Report on the treatment of epidemic cholera: from information collected by the governments of Bengal, Madras, Bombay, N.W. Provinces, Punjab, Oudh, and Central India, by order of the Government of India
Disease focus: Cholera
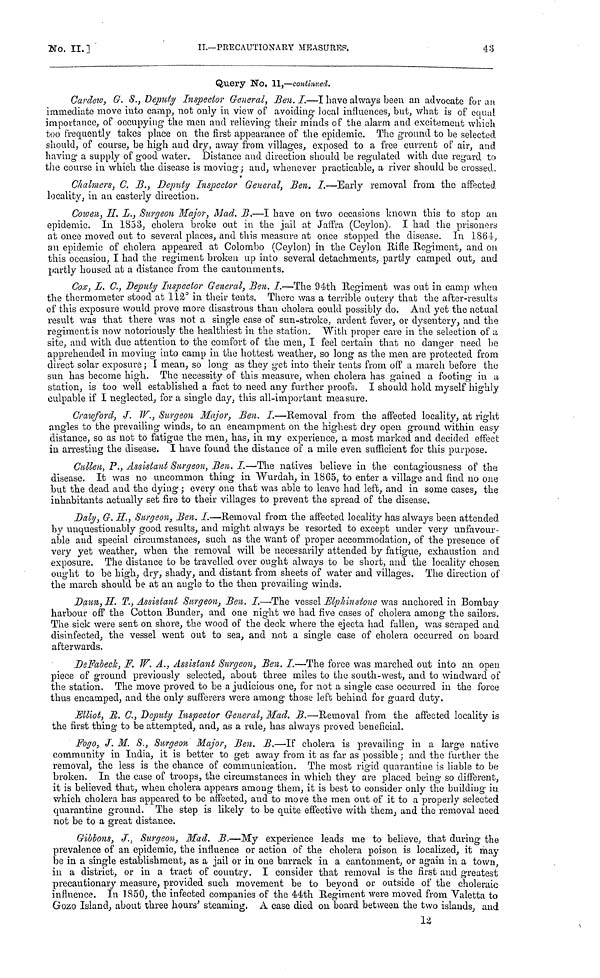
No. II. ]
II.—PRECAUTIONARY MEASURES.
43
Query No. 11,—continued.
Cardew, G. S., Deputy Inspector General., Ben. I.—I have always been an advocate for an
immediate move into camp, not only in view of avoiding local influences, but, what is of equal
importance, of occupying the men and relieving their minds of the alarm and excitement which
too frequently takes place on the first appearance of the epidemic. The ground to be selected
should, of course, be high and dry, away from villages, exposed to a free current of air, and
having a supply of good water. Distance and direction should be regulated with due regard to
the course in which the disease is moving ; and, whenever practicable, a river should be crossed.
Chalmers, C. B., Deputy Inspector General, Ben. I.—Early removal from the affected
locality, in an easterly direction.
Cowen, H. L., Surgeon Major, Mad. B.—I have on two occasions known this to stop an
epidemic. In 1853, cholera broke out in the jail at Jaffra (Ceylon). I had the prisoners
at once moved out to several places, and this measure at once stopped the disease. In 1864,
an epidemic of cholera appeared at Colombo (Ceylon) in the Ceylon Rifle Regiment, and on
this occasion, I had the regiment broken up into several detachments, partly camped out, and
partly housed at a distance from the cantonments.
Cox, L. C., Deputy Inspector General, Ben. I.—The 94th Regiment was out in camp when
the thermometer stood at 112° in their tents. There was a terrible outcry that the after-results
of this exposure would prove more disastrous than cholera could possibly do. And yet the actual
result was that there was not a single case of sun-stroke, ardent fever, or dysentery, and the
regiment is now notoriously the healthiest in the station. With proper care in the selection of a
site, and with due attention to the comfort of the men, I feel certain that no danger need be
apprehended in moving into camp in the hottest weather, so long as the men are protected from
direct solar exposure ; I mean, so long as they get into their tents from off a march before the
sun has become high. The necessity of this measure, when cholera has gained a footing in a
station, is too well established a fact to need any further proofs. I should hold myself highly
culpable if I neglected, for a single day, this all-important measure.
Crawford, J. W., Surgeon Major, Ben. I.—Removal from the affected locality, at right
angles to the prevailing winds, to an encampment on the highest dry open ground within easy
distance, so as not to fatigue the men, has, in my experience, a most marked and decided effect
in arresting the disease. I have found the distance of a mile even sufficient for this purpose.
Callen, P., Assistant Surgeon, Ben. I.—The natives believe in the contagiousness of the
disease. It was no uncommon thing in Wurdah, in 1865, to enter a village and find no one
but the dead and the dying ; every one that was able to leave had left, and in some cases, the
inhabitants actually set fire to their villages to prevent the spread of the disease.
Daly, G. H., Surgeon, Ben. I.—Removal from the affected locality has always been attended
by unquestionably good results, and might always be resorted to except under very unfavour-
able and special circumstances, such as the want of proper accommodation, of the presence of
very yet weather, when the removal will be necessarily attended by fatigue, exhaustion and
exposure. The distance to be travelled over ought always to be short, and the locality chosen
ought to be high, dry, shady, and distant from sheets of water and villages. The direction of
the march should be at an angle to the then prevailing winds.
Daun, H. T., Assistant Surgeon, Ben. I.—The vessel Elphinstone was anchored in Bombay
harbour off the Cotton Bunder, and one night we had five cases of cholera among the sailors.
The sick were sent on shore, the wood of the deck where the éjecta had fallen, was scraped and
disinfected, the vessel went out to sea, and not a single case of cholera occurred on board
afterwards.
DeFabeck, F. W. Α., Assistant Surgeon, Ben. I.—The force was marched out into an open
piece of ground previously selected, about three miles to the south-west, and to windward of
the station. The move proved to be a judicious one, for not a single case occurred in the force
thus encamped, and the only sufferers were among those left behind for guard duty.
Elliot, R. C., Deputy Inspector General, Mad. B.—Removal from the affected locality is
the first thing to be attempted, and, as a rule, has always proved beneficial.
Fogo, J. M. S., Surgeon Major, Ben. B.—If cholera is prevailing in a large native
community in India, it is better to get away from it as far as possible ; and the further the
removal, the less is the chance of communication. The most rigid quarantine is liable to be
broken. In the case of troops, the circumstances in which they are placed being so different,
it is believed that, when cholera appears among them, it is best to consider only the building in
which cholera has appeared to be affected, and to move the men out of it to a properly selected
quarantine ground. The step is likely to be quite effective with them, and the removal need
not be to a great distance.
Gibbons, J., Surgeon, Mad. B.—My experience leads me to believe, that during the
prevalence of an epidemic, the influence or action of the cholera poison is localized, it may
be in a single establishment, as a jail or in one barrack in a cantonment, or again in a town,
in a district, or in a tract of country. I consider that removal is the first and greatest
precautionary measure, provided such movement be to beyond or outside of the choleraic
influence. In 1850, the infected companies of the 44th Regiment were moved from Valetta to
Gozo Island, about three hours' steaming, A case died on board between the two islands, and
12